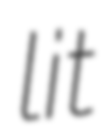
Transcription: lit